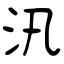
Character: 汛